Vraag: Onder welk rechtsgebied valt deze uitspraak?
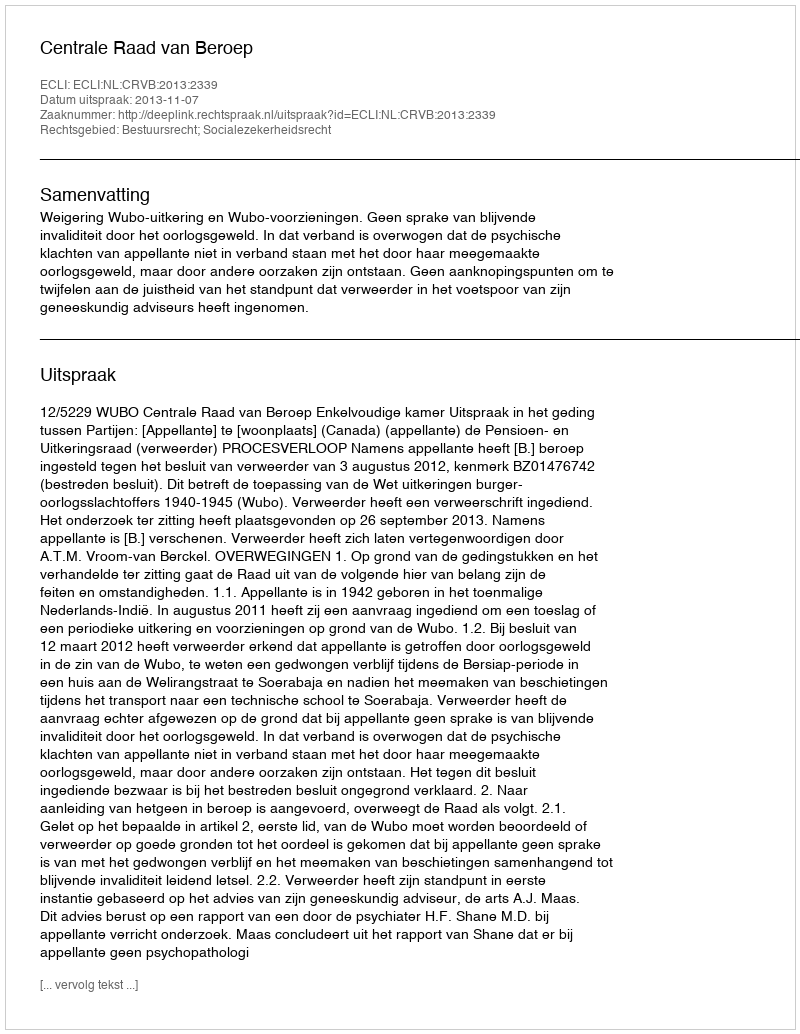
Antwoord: Bestuursrecht; Socialezekerheidsrecht